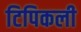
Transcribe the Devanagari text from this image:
टिपिकली